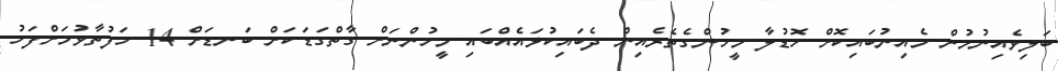
ބަލިވެއިނުމުން މެއިނުބައިކޮށް ހޮޑުލާ މީހުންގެތެރެއިން ދެބައިކުޅައެއްބައި މީހުންނަށް ގާތްގަޑަކަށް ބަނޑަށް 14 ހަފުތާވުމަށްފަހު